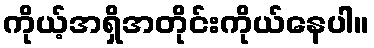
ကိုယ့်အရှိအတိုင်းကိုယ်နေပါ။